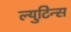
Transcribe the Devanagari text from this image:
ल्युटिन्स